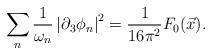
LaTeX: \begin{align*}\sum_{n}\frac{1}{\omega _{n}}\left| \partial _{3}\phi _{n}\right| ^{2}=\frac{1}{16\pi ^{2}}F_{0}(\vec{x}). \end{align*}